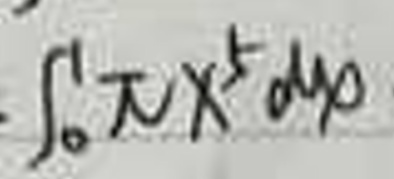
\[\int_{0}^{1}\pi x^{5}dy\]